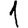
Digit: 1